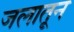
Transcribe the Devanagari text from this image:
जलातून